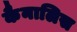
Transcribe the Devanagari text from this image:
कैनालिस